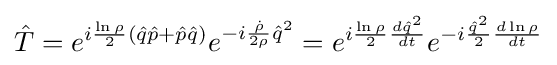
{\hat {T}}=e^{i{\frac {\ln \rho }{2}}({\hat {q}}{\hat {p}}+{\hat {p}}{\hat {q}})}e^{-i{\frac {\dot {\rho }}{2\rho }}{\hat {q}}^{2}}=e^{i{\frac {\ln \rho }{2}}{\frac {d{\hat {q}}^{2}}{dt}}}e^{-i{\frac {{\hat {q}}^{2}}{2}}{\frac {d\ln \rho }{dt}}}